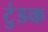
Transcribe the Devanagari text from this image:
टुंडक